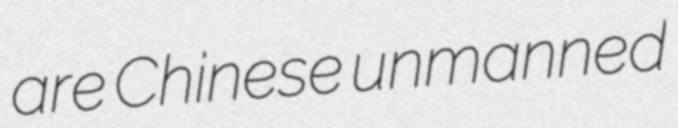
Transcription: are Chinese unmanned